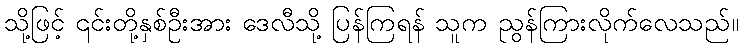
သို့ဖြင့် ၎င်းတို့နှစ်ဦးအား ဒေလီသို့ ပြန်ကြရန် သူက ညွန်ကြားလိုက်လေသည်။